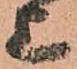
上